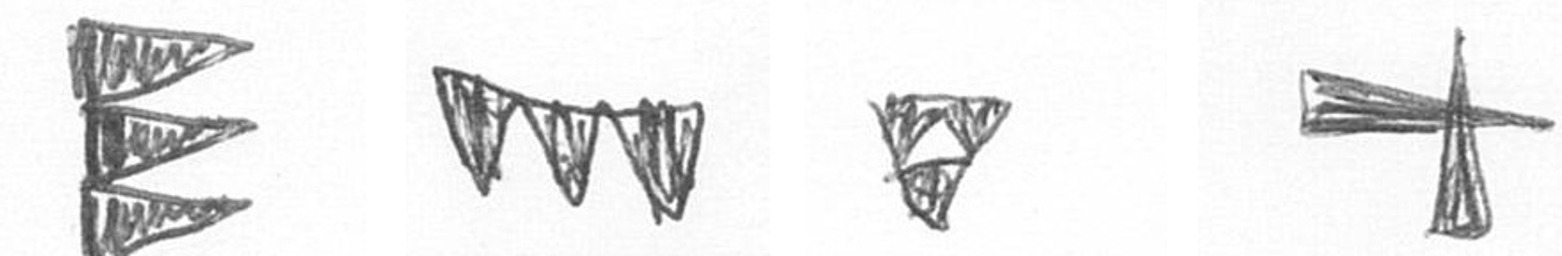
H L S G